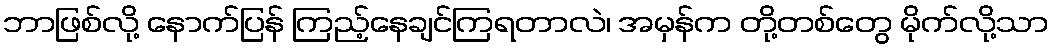
ဘာဖြစ်လို့ နောက်ပြန် ကြည့်နေချင်ကြရတာလဲ၊ အမှန်က တို့တစ်တွေ မိုက်လို့သာ